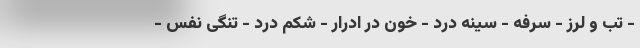
- تب و لرز - سرفه - سینه درد - خون در ادرار - شکم درد - تنگی نفس -